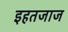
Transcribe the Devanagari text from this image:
इहतजाज